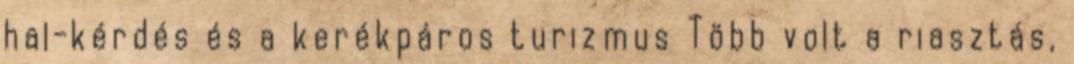
hal-kérdés és a kerékpáros turizmus Több volt a riasztás,